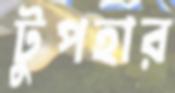
টুপহার